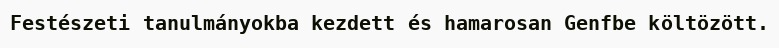
Festészeti tanulmányokba kezdett és hamarosan Genfbe költözött.